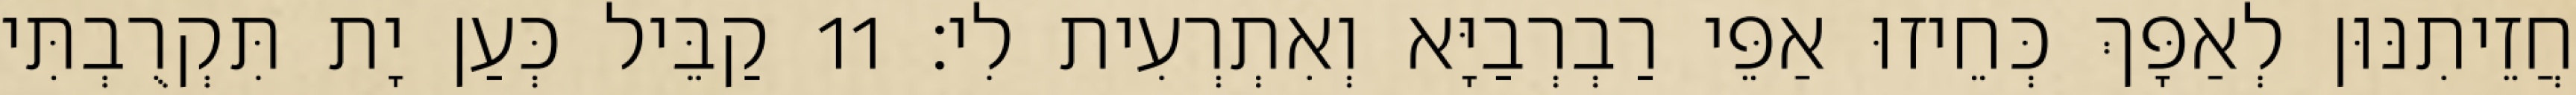
חֲזֵיתִנּוּן לְאַפָּךְ כְּחֵיזוּ אַפֵּי רַבְרְבַיָּא וְאִתְרְעִית לִי׃ 11 קַבֵּיל כְּעַן יָת תִּקְרֻבְתִּי